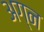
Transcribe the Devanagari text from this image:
अग्न